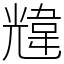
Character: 韑